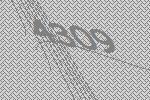
4309